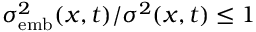
\sigma _ { \mathrm { e m b } } ^ { 2 } ( x , t ) / \sigma ^ { 2 } ( x , t ) \leq 1